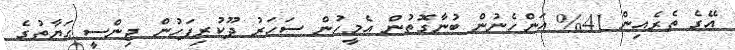
އޭގެ ތެރެއިން 41% އަންހެނުން ބުނާގޮތުން އެމީހުން ސަހަރު ދޫކުރިފަހުން ޖިންސީ ޙަޔާތުގެ